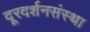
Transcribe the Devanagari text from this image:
दूरदर्शनसंस्था